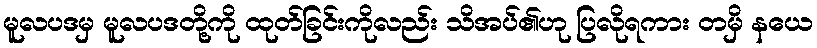
မူလပဒမှ မူလပဒတို့ကို ထုတ်ခြင်းကိုလည်း သိအပ်၏ဟု ပြလိုရကား တမှိ နယေ